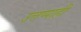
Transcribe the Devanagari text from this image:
उत्तप्पाही